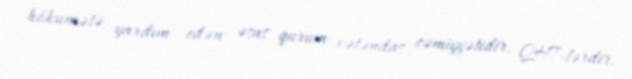
hökumətə yardım edən əsas qurum vətəndaş cəmiyyətidir, QHT-lərdir.